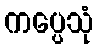
ကပ္ပေသုံ